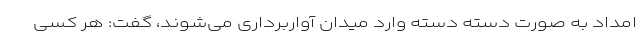
امداد به صورت دسته دسته وارد میدان آواربرداری می‌شوند، گفت: هر کسی